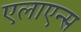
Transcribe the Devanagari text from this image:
एलाएन्स